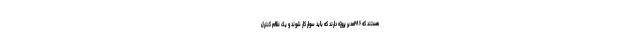
هستند که ۲۸۶مدیر پروژه دارند که باید سوار کار شوند و یک نظام کنترل